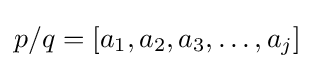
p/q=[a_{1},a_{2},a_{3},\ldots ,a_{j}]